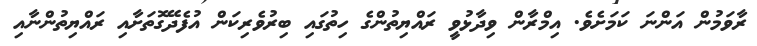
ރާވަމުން އަންނަ ކަމަށެވެ. އިމްރާން ވިދާޅުވީ ރައްޔިތުންގެ ހިތުގައި ބިރުވެރިކަން އުފެދޭގޮތަށާއި ރައްޔިތުންނާއި